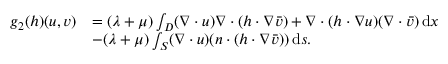
\begin{array} { r l } { g _ { 2 } ( h ) ( u , v ) } & { = ( \lambda + \mu ) \int _ { D } ( \nabla \cdot u ) \nabla \cdot ( h \cdot \nabla \bar { v } ) + \nabla \cdot ( h \cdot \nabla u ) ( \nabla \cdot \bar { v } ) \, \mathrm { d } x } \\ & { - ( \lambda + \mu ) \int _ { S } ( \nabla \cdot u ) ( n \cdot ( h \cdot \nabla \bar { v } ) ) \, \mathrm { d } s . } \end{array}